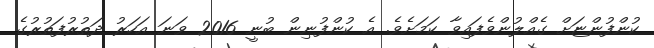
ކުންފުންޏަށް ގެއްލުންވެފައިވާ ކަމަށެވެ. އެ ކުންފުނިން ބުނީ 2016 ވަނަ އަހަރު ދަތުރުފަތުރުގެ